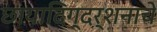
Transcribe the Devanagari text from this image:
छायादिग्दर्शनाचे